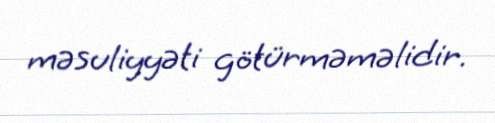
məsuliyyəti götürməməlidir.